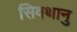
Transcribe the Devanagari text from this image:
सिवथानु